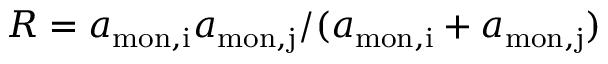
{ R = a _ { \mathrm { m o n , i } } a _ { \mathrm { m o n , j } } / ( a _ { \mathrm { m o n , i } } + a _ { \mathrm { m o n , j } } ) }